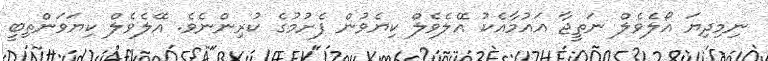
ނިމިދިޔަ އޯލެވެލް ނަތީޖާ އައުމާއެކު އޭލެވެލް ކިޔެވުން ފެށުމުގެ ކުރިންނެވެ. އޭލެވެލް ކިޔަވަންތިބީ